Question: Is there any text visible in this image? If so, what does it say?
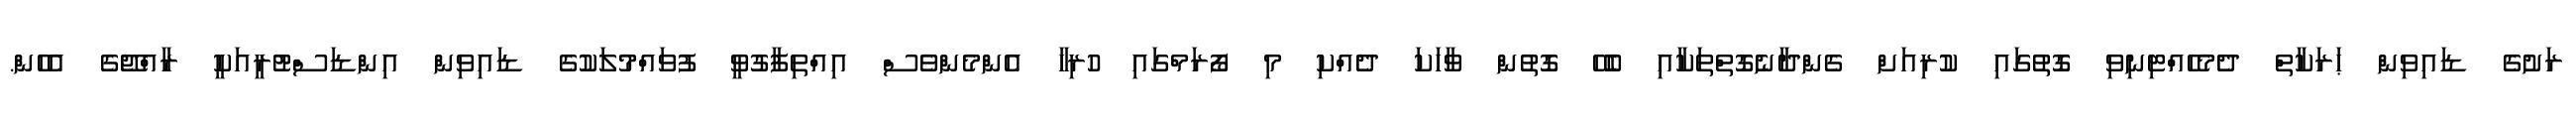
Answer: ރަށުގެ ޑައިވިން ޙަރަކާތް ދެމެހެއްޓިނިވި ގޮތުގައި ކުރިއަށް ގެންދާނެގޮތްތަކާއި ބެހޭ ގޮތުން ވާހަކަ ދެއްކި މި ފޯރަމްގައި ހުރިހާ އެންމެންވެސް އިއްތިފާގުވީ ފުވައްމުލަކުގެ ޑައިވިން އިންޑަސްޓުރީއަކީ ރާއްޖޭގެ އެހެން.